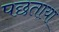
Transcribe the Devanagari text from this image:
पछताया